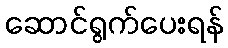
ဆောင်ရွက်ပေးရန်